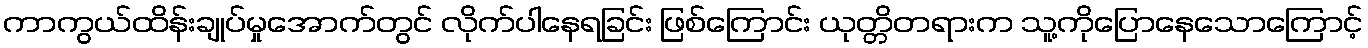
ကာကွယ်ထိန်းချုပ်မှုအောက်တွင် လိုက်ပါနေရခြင်း ဖြစ်ကြောင်း ယုတ္တိတရားက သူ့ကိုပြောနေသောကြောင့်